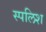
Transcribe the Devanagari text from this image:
स्पलिश